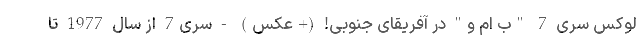
لوکس سری 7 "ب ام و" در آفریقای جنوبی! (+عکس) - سری7 از سال 1977 تا